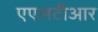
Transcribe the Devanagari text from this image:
एएलटीआर